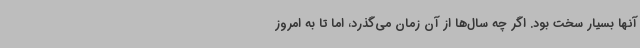
آنها بسیار سخت بود. اگر چه سال‌ها از آن زمان می‌گذرد، اما تا به امروز